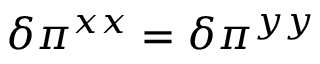
\delta \pi ^ { x x } = \delta \pi ^ { y y }